画像に写った文字を読んでください
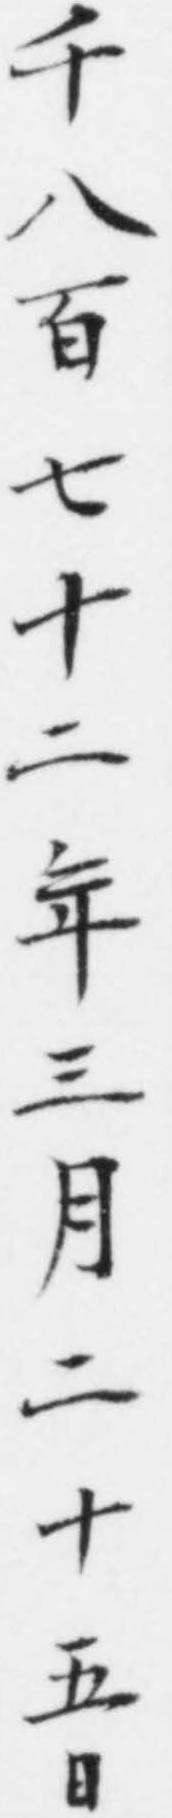
「千八百七十二年三月二十五日」と書いてあります